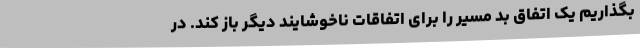
بگذاریم یک اتفاق بد مسیر را برای اتفاقات ناخوشایند دیگر باز کند. در